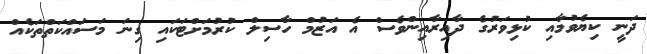
ދަނީ ކިޔެވުމާއި ކުޅިވަރުގެ ދާއިރާއިންވެސް އެ އަޒުމް ހާސިލް ކުރުމަށްޓަކައި ގިނަ މަސައްކަތްތަކެއް